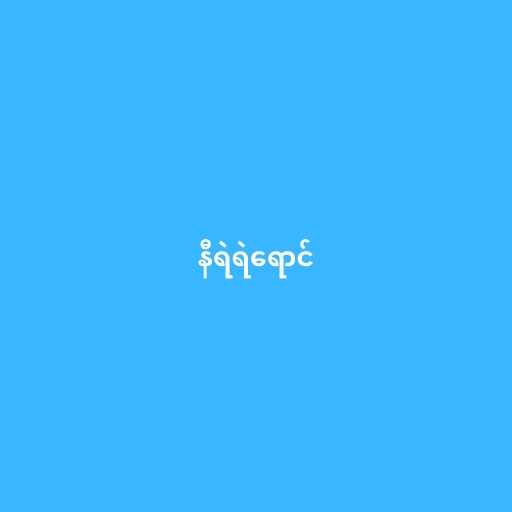
နီရဲရဲရောင်